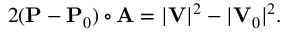
2 ( \mathbf { P } - \mathbf { P } _ { 0 } ) \circ \mathbf { A } = | \mathbf { V } | ^ { 2 } - | \mathbf { V } _ { 0 } | ^ { 2 } .